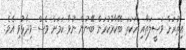
އިތުރަށް ވަސީލަތާއި ހަކަތަ ބޭކާރުކުރަން ބޭނުން ނުވާ ކަމަށް ވެސް ވިދާޅުވި އެވެ.